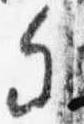
参